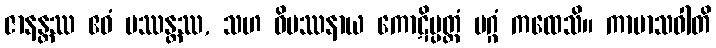
ဇာနန္တဿ ဧဝံ ပဿန္တဿ, သဟ ဝိပဿနာယ ကောဋိပ္ပတ္တံ မဂ္ဂံ ကထေသိ။ ကာမာသဝါတိ